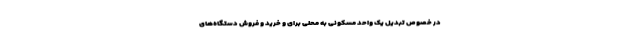
در خصوص تبدیل یک واحد مسکونی به محلی برای و خرید و فروش دستگاه‌های